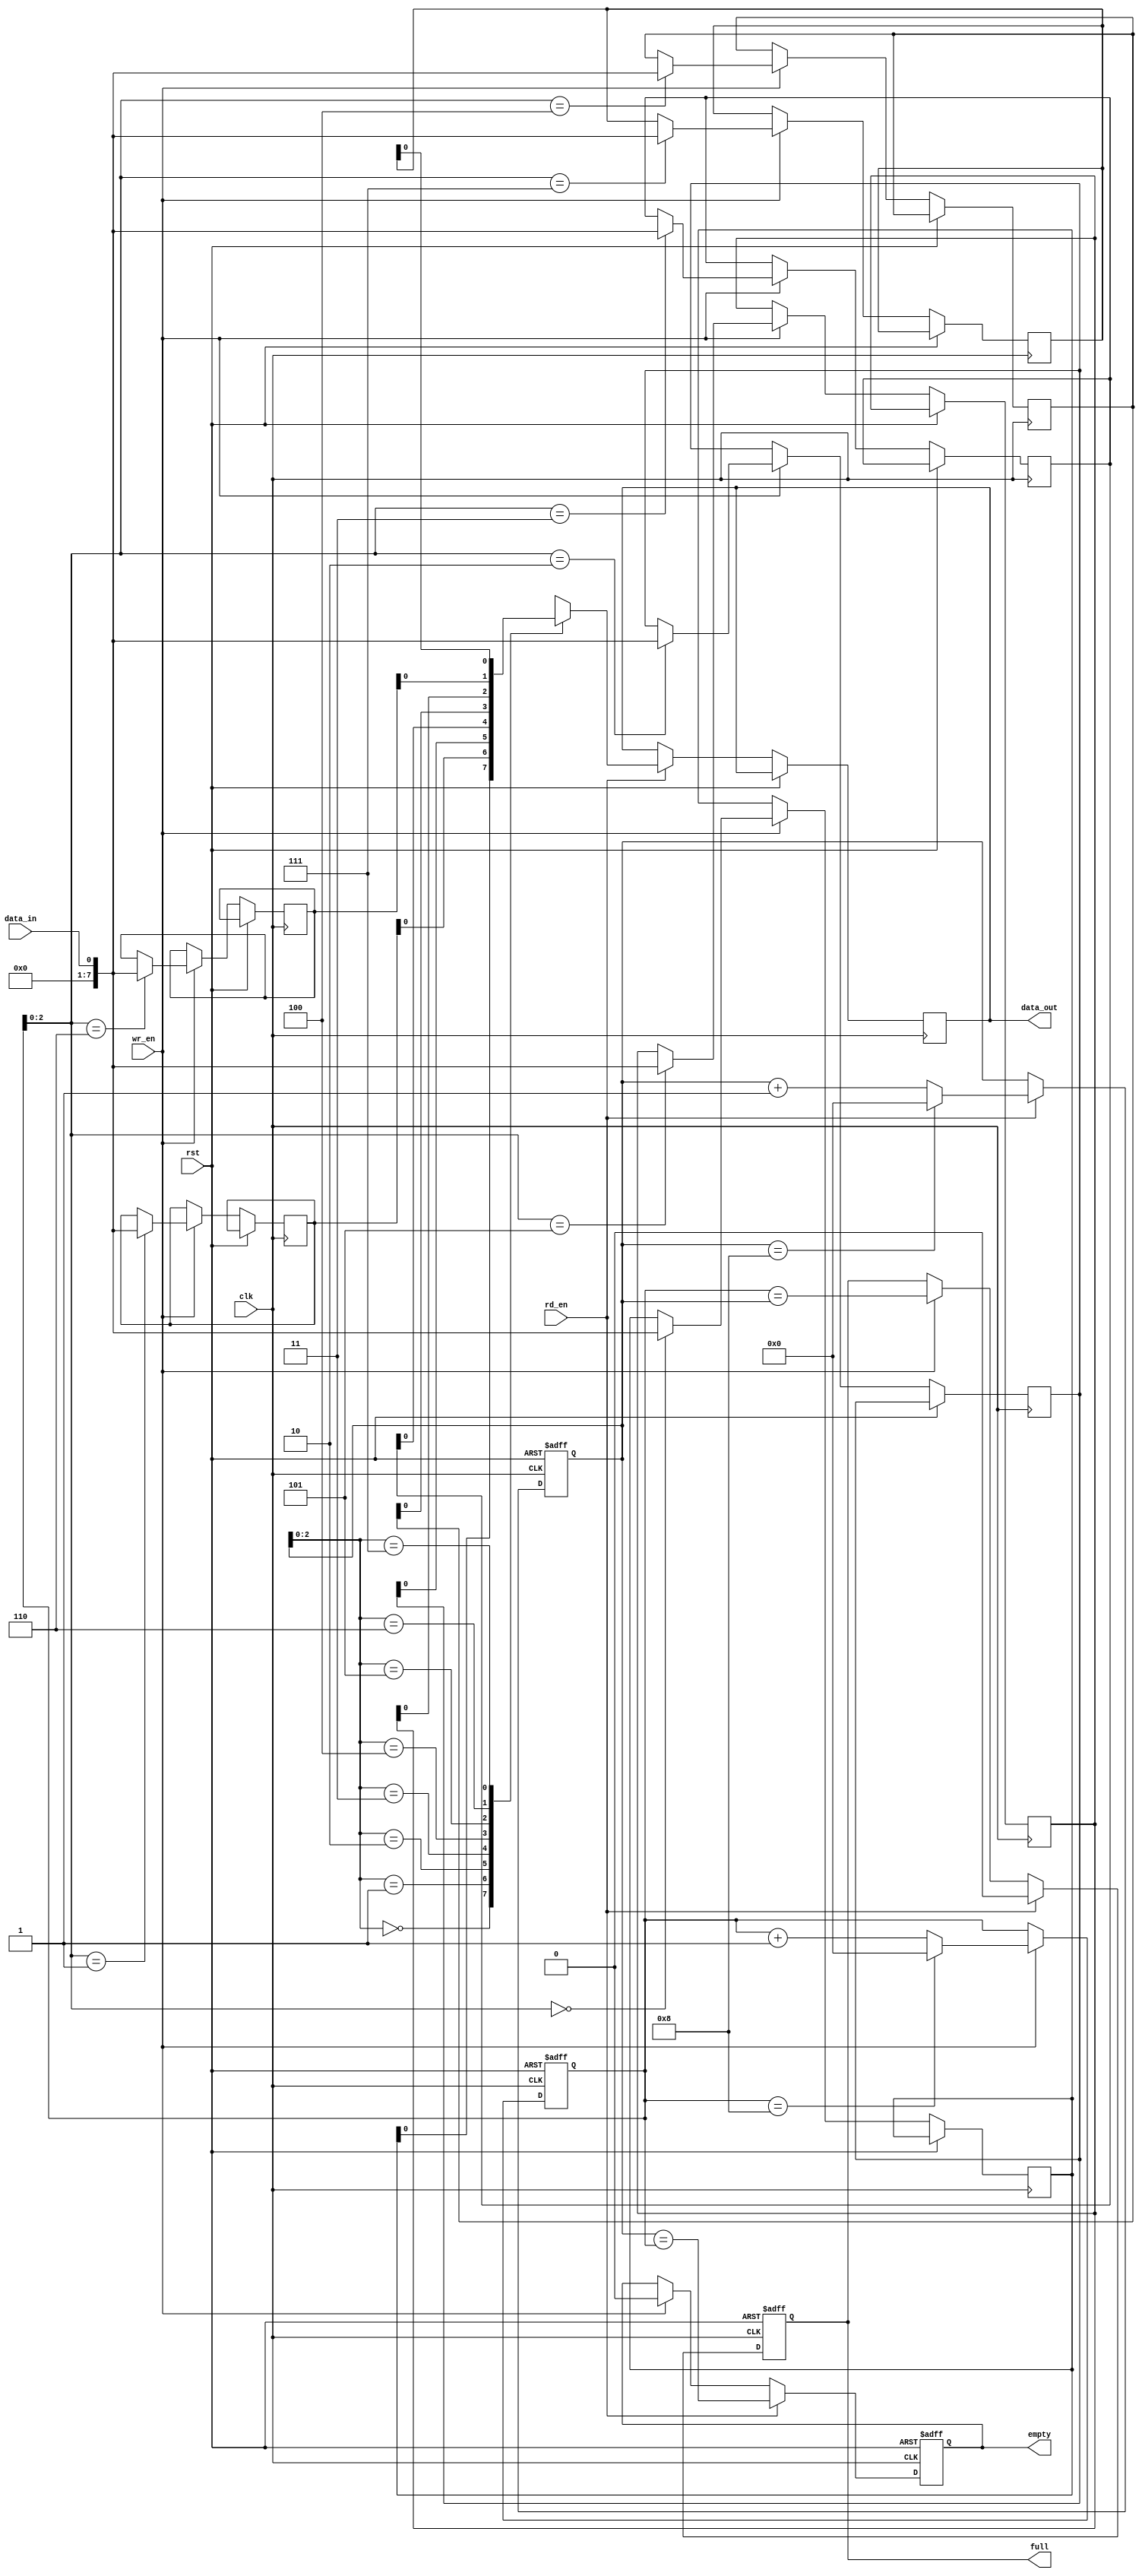
module async_fifo (
  input wire clk,
  input wire rst,
  input wire wr_en,
  input wire rd_en,
  input wire data_in,
  output reg data_out,
  output reg full,
  output reg empty
);

parameter DEPTH = 8;

reg [7:0] buffer [DEPTH-1:0];
reg [3:0] wr_ptr;
reg [3:0] rd_ptr;

always @(posedge clk or posedge rst) begin
  if (rst) begin
    wr_ptr <= 0;
    rd_ptr <= 0;
    full <= 0;
    empty <= 1;
  end else begin
    if (wr_en) begin
      buffer[wr_ptr] <= data_in;
      wr_ptr <= wr_ptr + 1;
      if (wr_ptr == DEPTH) wr_ptr <= 0;
      full <= (wr_ptr == rd_ptr);
      empty <= 0;
    end
    if (rd_en) begin
      data_out <= buffer[rd_ptr];
      rd_ptr <= rd_ptr + 1;
      if (rd_ptr == DEPTH) rd_ptr <= 0;
      empty <= (rd_ptr == wr_ptr);
      full <= 0;
    end
  end
end

endmodule